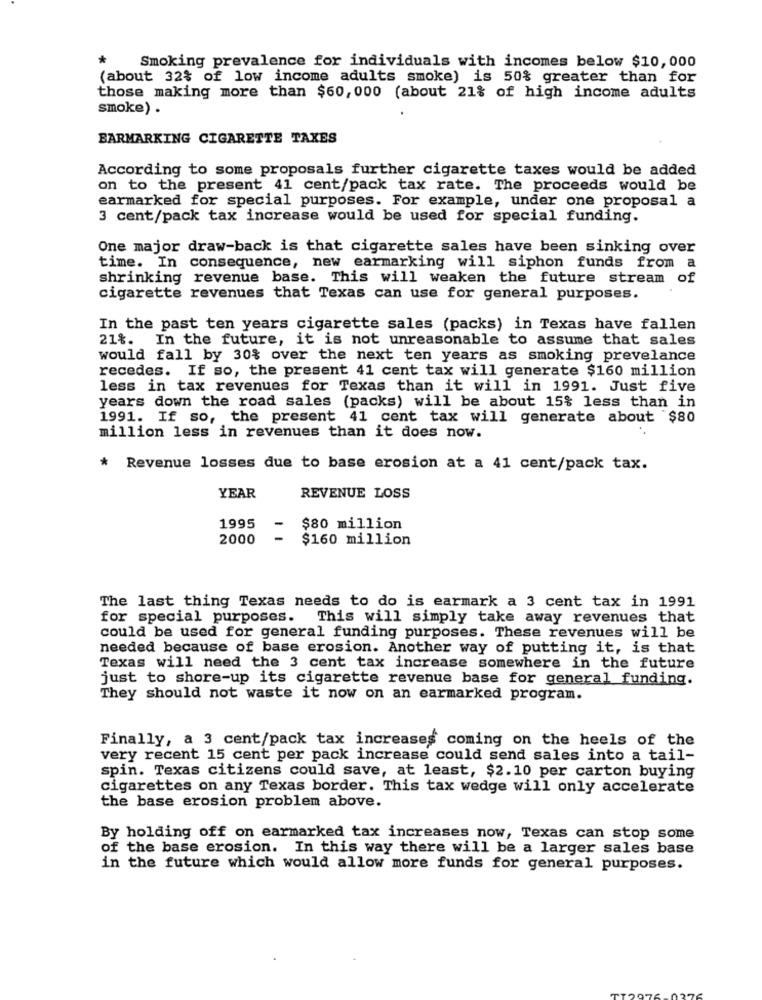
*
Smoking prevalence for individuals with incomes below $10,000
(about 32% of low income adults smoke) is 50% greater than for
those making more than $60,000 (about 21% of high income adults
smoke) .
BARMARKING CIGARETTE TAXES
According to some proposals further cigarette taxes would be added
on to the present 41 cent/pack tax rate. The proceeds would be
earmarked for special purposes. For example, under one proposal a
3 cent/pack tax increase would be used for special funding.
One major draw-back is that cigarette sales have been sinking over
time. In consequence, new earmarking will siphon funds from a
shrinking revenue base. This will weaken the future stream of
cigarette revenues that Texas can use for general purposes.
In the past ten years cigarette sales (packs) in Texas have fallen
21%. In the future, it is not unreasonable to assume that sales
would fall by 30% over the next ten years as smoking prevelance
recedes. If so, the present 41 cent tax will generate $160 million
less in tax revenues for Texas than it will in 1991. Just five
years down the road sales (packs) will be about 15% less than in
1991. If so, the present 41 cent tax will generate about $80
million less in revenues than it does now.
* Revenue losses due to base erosion at a 41 cent/pack tax.
YEAR
REVENUE LOSS
1995
-
$80 million
2000
$160 million
The last thing Texas needs to do is earmark a 3 cent tax in 1991
for special purposes. This will simply take away revenues that
could be used for general funding purposes. These revenues will be
needed because of base erosion. Another way of putting it, is that
Texas will need the 3 cent tax increase somewhere in the future
just to shore-up its cigarette revenue base for general funding.
They should not waste it now on an earmarked program.
Finally, a 3 cent/pack tax increases coming on the heels of the
very recent 15 cent per pack increase could send sales into a tail-
spin. Texas citizens could save, at least, $2.10 per carton buying
cigarettes on any Texas border. This tax wedge will only accelerate
the base erosion problem above.
By holding off on earmarked tax increases now, Texas can stop some
of the base erosion. In this way there will be a larger sales base
in the future which would allow more funds for general purposes.